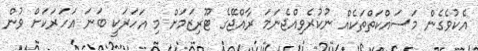
އެކުވެގެން މަސައްކަތްތަކެއް ނުކުރެވިއްޖެނަމަ ރާއްޖޭގެ ޓޫރިޒަމަށް މި އަހަރަކީ ބަނަ އަހަރަކަށް ވުން